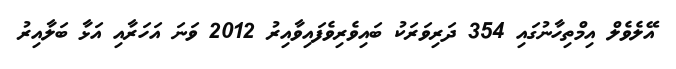
އޭލެވެލް އިމްތިހާނުގައި 354 ދަރިވަރަކު ބައިވެރިވެފައިވާއިރު 2012 ވަނަ އަހަރާއި އަޅާ ބަލާއިރު